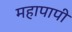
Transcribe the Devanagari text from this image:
महापापी